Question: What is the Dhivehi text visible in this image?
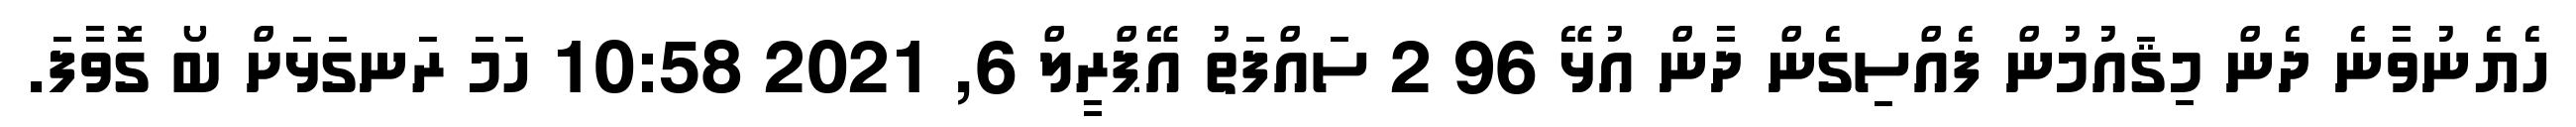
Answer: ހެޔެނުވާނެ ދެން މިޤައުމުން ފެއްސިގެން ދާން އުޅޭ 96 2 ސައްފަތު އޭޕްރީލް 6, 2021 10:58 ހަމަ ރަނގަޅަށް ބޯ ގޮވާފަ.